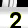
Digit: 2